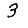
Digit: 3